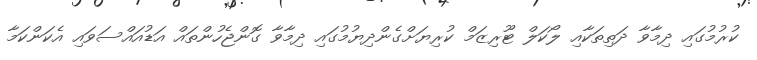
ކުރުމުގައި ދިމާވާ ދަތިތަކާއި ލޯކަލް ޓޫރިޒަމް ކުރިޔަށްގެންދިޔުމުގައި ދިމާވާ ގޮންޖެހުންތައް އަޑުއައްސަވައި އެކަންކަމާ